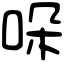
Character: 哚